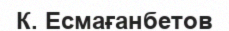
К. Есмағанбетов